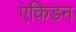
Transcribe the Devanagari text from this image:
एकिडन